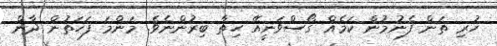
ހުރި ތަން ފެނުމުން ކަމެއް ގޯސްވަނީއޭ ހިތާ ބިރުންނެވެ. މަންމަ ފަހަތުން ދާން